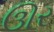
ઊર